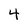
Character: 4